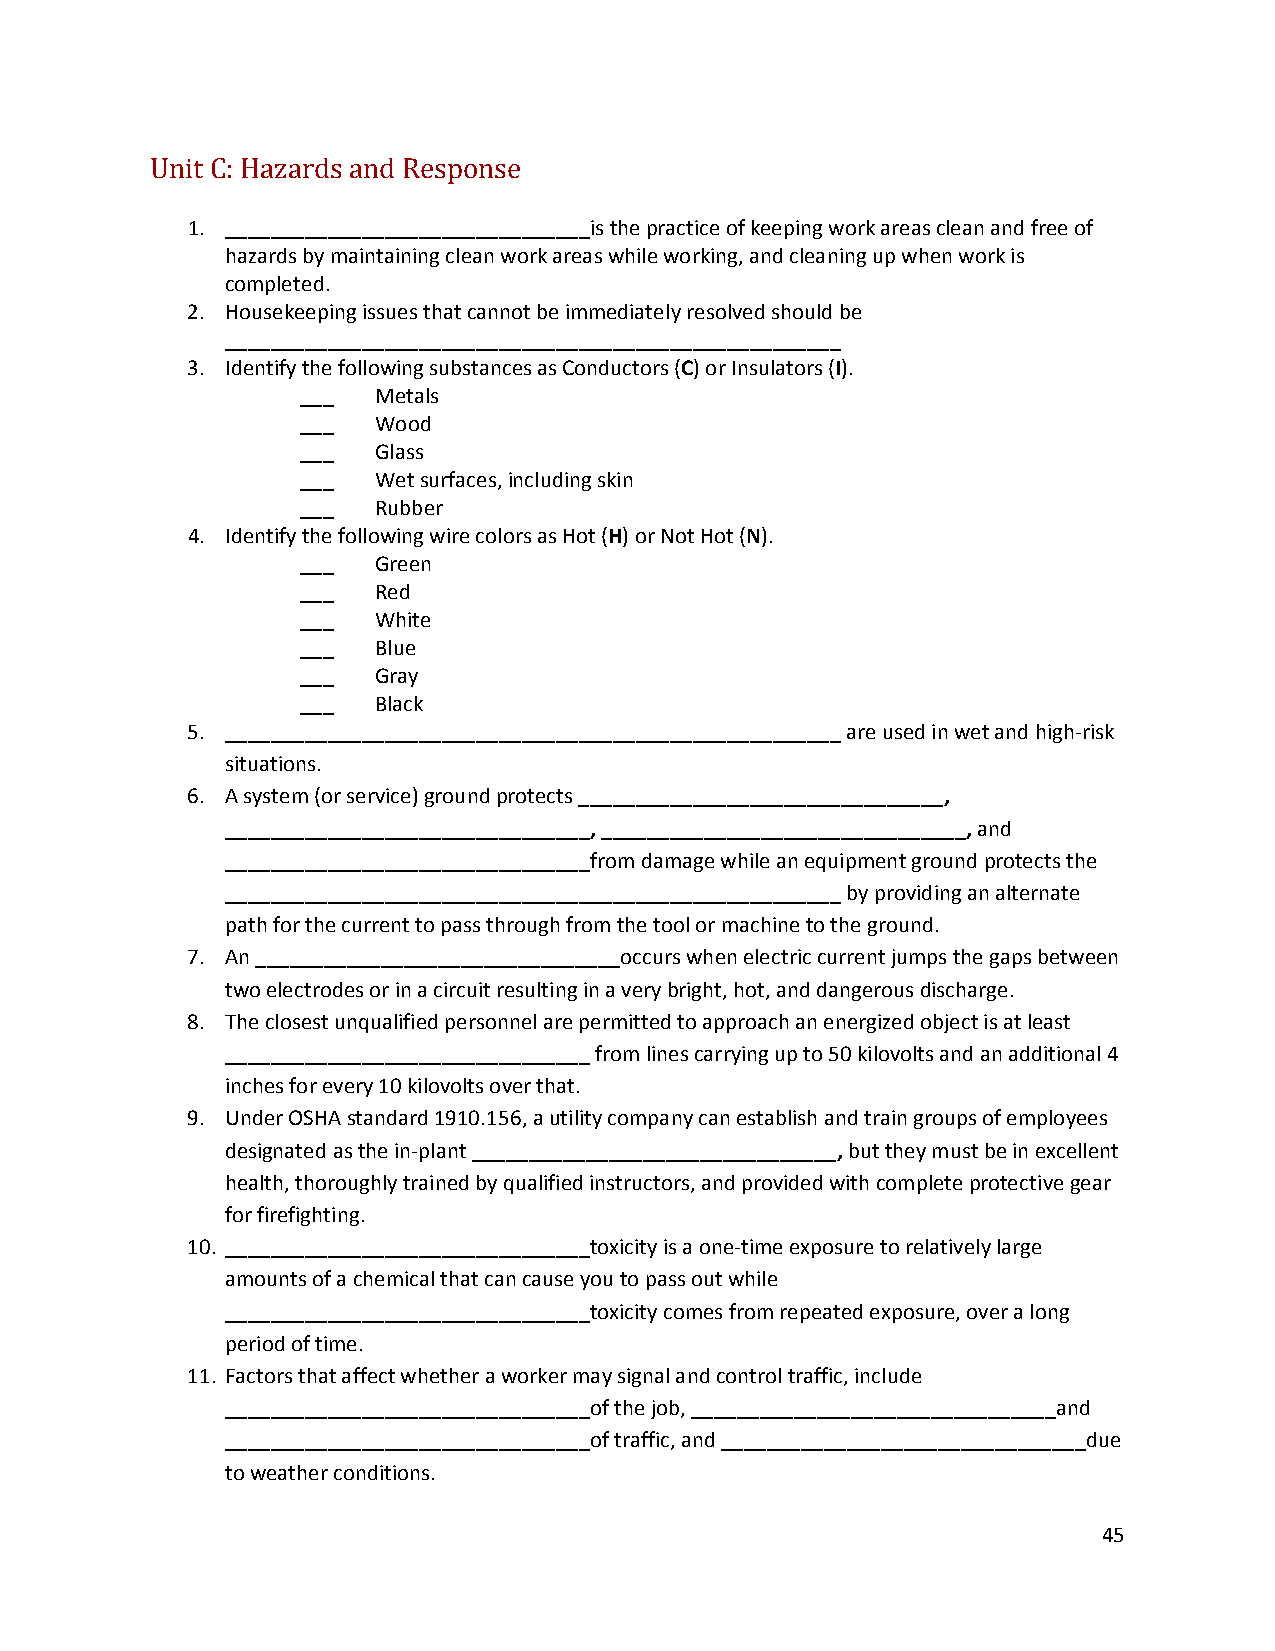
Unit C: Hazards and Response
 1. ________________________________is the practice of keeping work areas clean and free of
 hazards by maintaining clean work areas while working, and cleaning up when work is
 completed.
 2. Housekeeping issues that cannot be immediately resolved should be
 ______________________________________________________
 3. Identify the following substances as Conductors (C) or Insulators (I).
 ___  Metals
 ___  Wood
 ___  Glass
 ___  Wet surfaces, including skin
 ___  Rubber
 4. Identify the following wire colors as Hot (H) or Not Hot (N).
 ___  Green
 ___  Red
 ___  White
 ___  Blue
 ___  Gray
 ___  Black
 5. ______________________________________________________ are used in wet and high‐risk
 situations.
 6. A system (or service) ground protects ________________________________,
 ________________________________, ________________________________, and
 ________________________________from damage while an equipment ground protects the
 ______________________________________________________ by providing an alternate
 path for the current to pass through from the tool or machine to the ground.
 7. An ________________________________occurs when electric current jumps the gaps between
 two electrodes or in a circuit resulting in a very bright, hot, and dangerous discharge.
 8. The closest unqualified personnel are permitted to approach an energized object is at least
 ________________________________ from lines carrying up to 50 kilovolts and an additional 4
 inches for every 10 kilovolts over that.
 9. Under OSHA standard 1910.156, a utility company can establish and train groups of employees
 designated as the in‐plant ________________________________, but they must be in excellent
 health, thoroughly trained by qualified instructors, and provided with complete protective gear
 for firefighting.
 10. ________________________________toxicity is a one‐time exposure to relatively large
 amounts of a chemical that can cause you to pass out while
 ________________________________toxicity comes from repeated exposure, over a long
 period of time.
 11. Factors that affect whether a worker may signal and control traffic, include
 ________________________________of the job, ________________________________and
 ________________________________of traffic, and ________________________________due
 to weather conditions.
 45